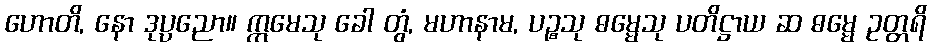
ဟောတိ, နော ဒုပ္ပညော။ ဣမေသု ခေါ တွံ, မဟာနာမ, ပဉ္စသု ဓမ္မေသု ပတိဋ္ဌာယ ဆ ဓမ္မေ ဥတ္တရိ